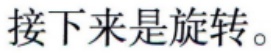
接下来是旋转。